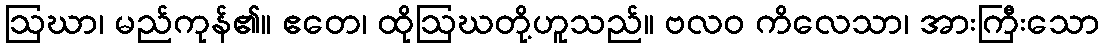
ဩဃာ၊ မည်ကုန်၏။ ဧတေ၊ ထိုဩဃတို့ဟူသည်။ ဗလဝ ကိလေသာ၊ အားကြီးသော